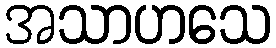
အသာဟသေ